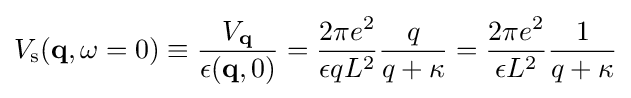
V_{\rm {s}}(\mathbf {q} ,\omega =0)\equiv {\frac {V_{\mathbf {q} }}{\epsilon (\mathbf {q} ,0)}}={\frac {2\pi e^{2}}{\epsilon qL^{2}}}{\frac {q}{q+\kappa }}={\frac {2\pi e^{2}}{\epsilon L^{2}}}{\frac {1}{q+\kappa }}